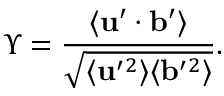
\Upsilon = \frac { \langle { { \bf { u } } ^ { \prime } \cdot { \bf { b } } ^ { \prime } } \rangle } { \sqrt { \langle { { \bf { u } } ^ { \prime } { } ^ { 2 } } \rangle \langle { { \bf { b } } ^ { \prime } { } ^ { 2 } } \rangle } } .